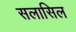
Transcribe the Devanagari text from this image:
सलासिल